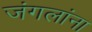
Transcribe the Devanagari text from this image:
जंगलांना